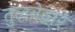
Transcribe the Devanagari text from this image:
तुलनेद्वारे